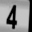
Digit: 4